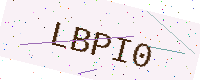
Text: LBPI0